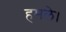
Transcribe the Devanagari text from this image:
हमले।